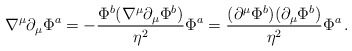
\begin{align*}\nabla^\mu\partial_\mu\Phi^a = -{\Phi^b( \nabla^\mu\partial_\mu\Phi^b) \over \eta^2}\Phi^a={(\partial^\mu\Phi^b)(\partial_\mu\Phi^b) \over \eta^2}\Phi^a\,.\end{align*}